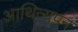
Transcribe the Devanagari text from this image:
आथित्यपन